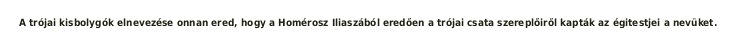
A trójai kisbolygók elnevezése onnan ered, hogy a Homérosz Iliaszából eredően a trójai csata szereplőiről kapták az égitestjei a nevüket.